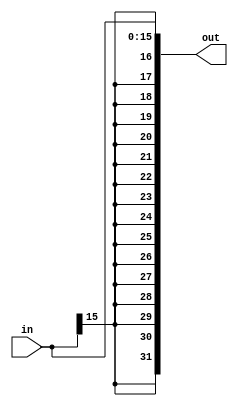
`timescale 1ns / 1ps
////////////////////////////////////////////////////////////////////////////////
// ECE369 - Computer Architecture
// 
// Module - SignExtension.v
// Description - Sign extension module.
////////////////////////////////////////////////////////////////////////////////
//Percentages
//Mason: 33%
//Alex: 33%
// Ali: 33%
module SignExtension(
    input  [15:0] in,  // 16-bit input data
    output [31:0] out  // 32-bit output data
);
    assign out = {{16{in[15]}}, in};
endmodule

module SignExtension5bitTo32bit(
    input  [4:0] in,  // 16-bit input data
    output reg [31:0] out  // 32-bit output data
);
    always @(in) begin 
        out <= {27'b0, in};
        end
endmodule